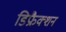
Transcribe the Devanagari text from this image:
डिफ्रैक्शन